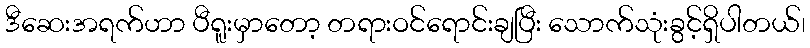
ဒီဆေးအရက်ဟာ ပီရူးမှာတော့ တရားဝင်ရောင်းချပြီး သောက်သုံးခွင့်ရှိပါတယ်၊